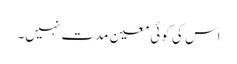
اس کی کوئی معین مدت نہیں۔